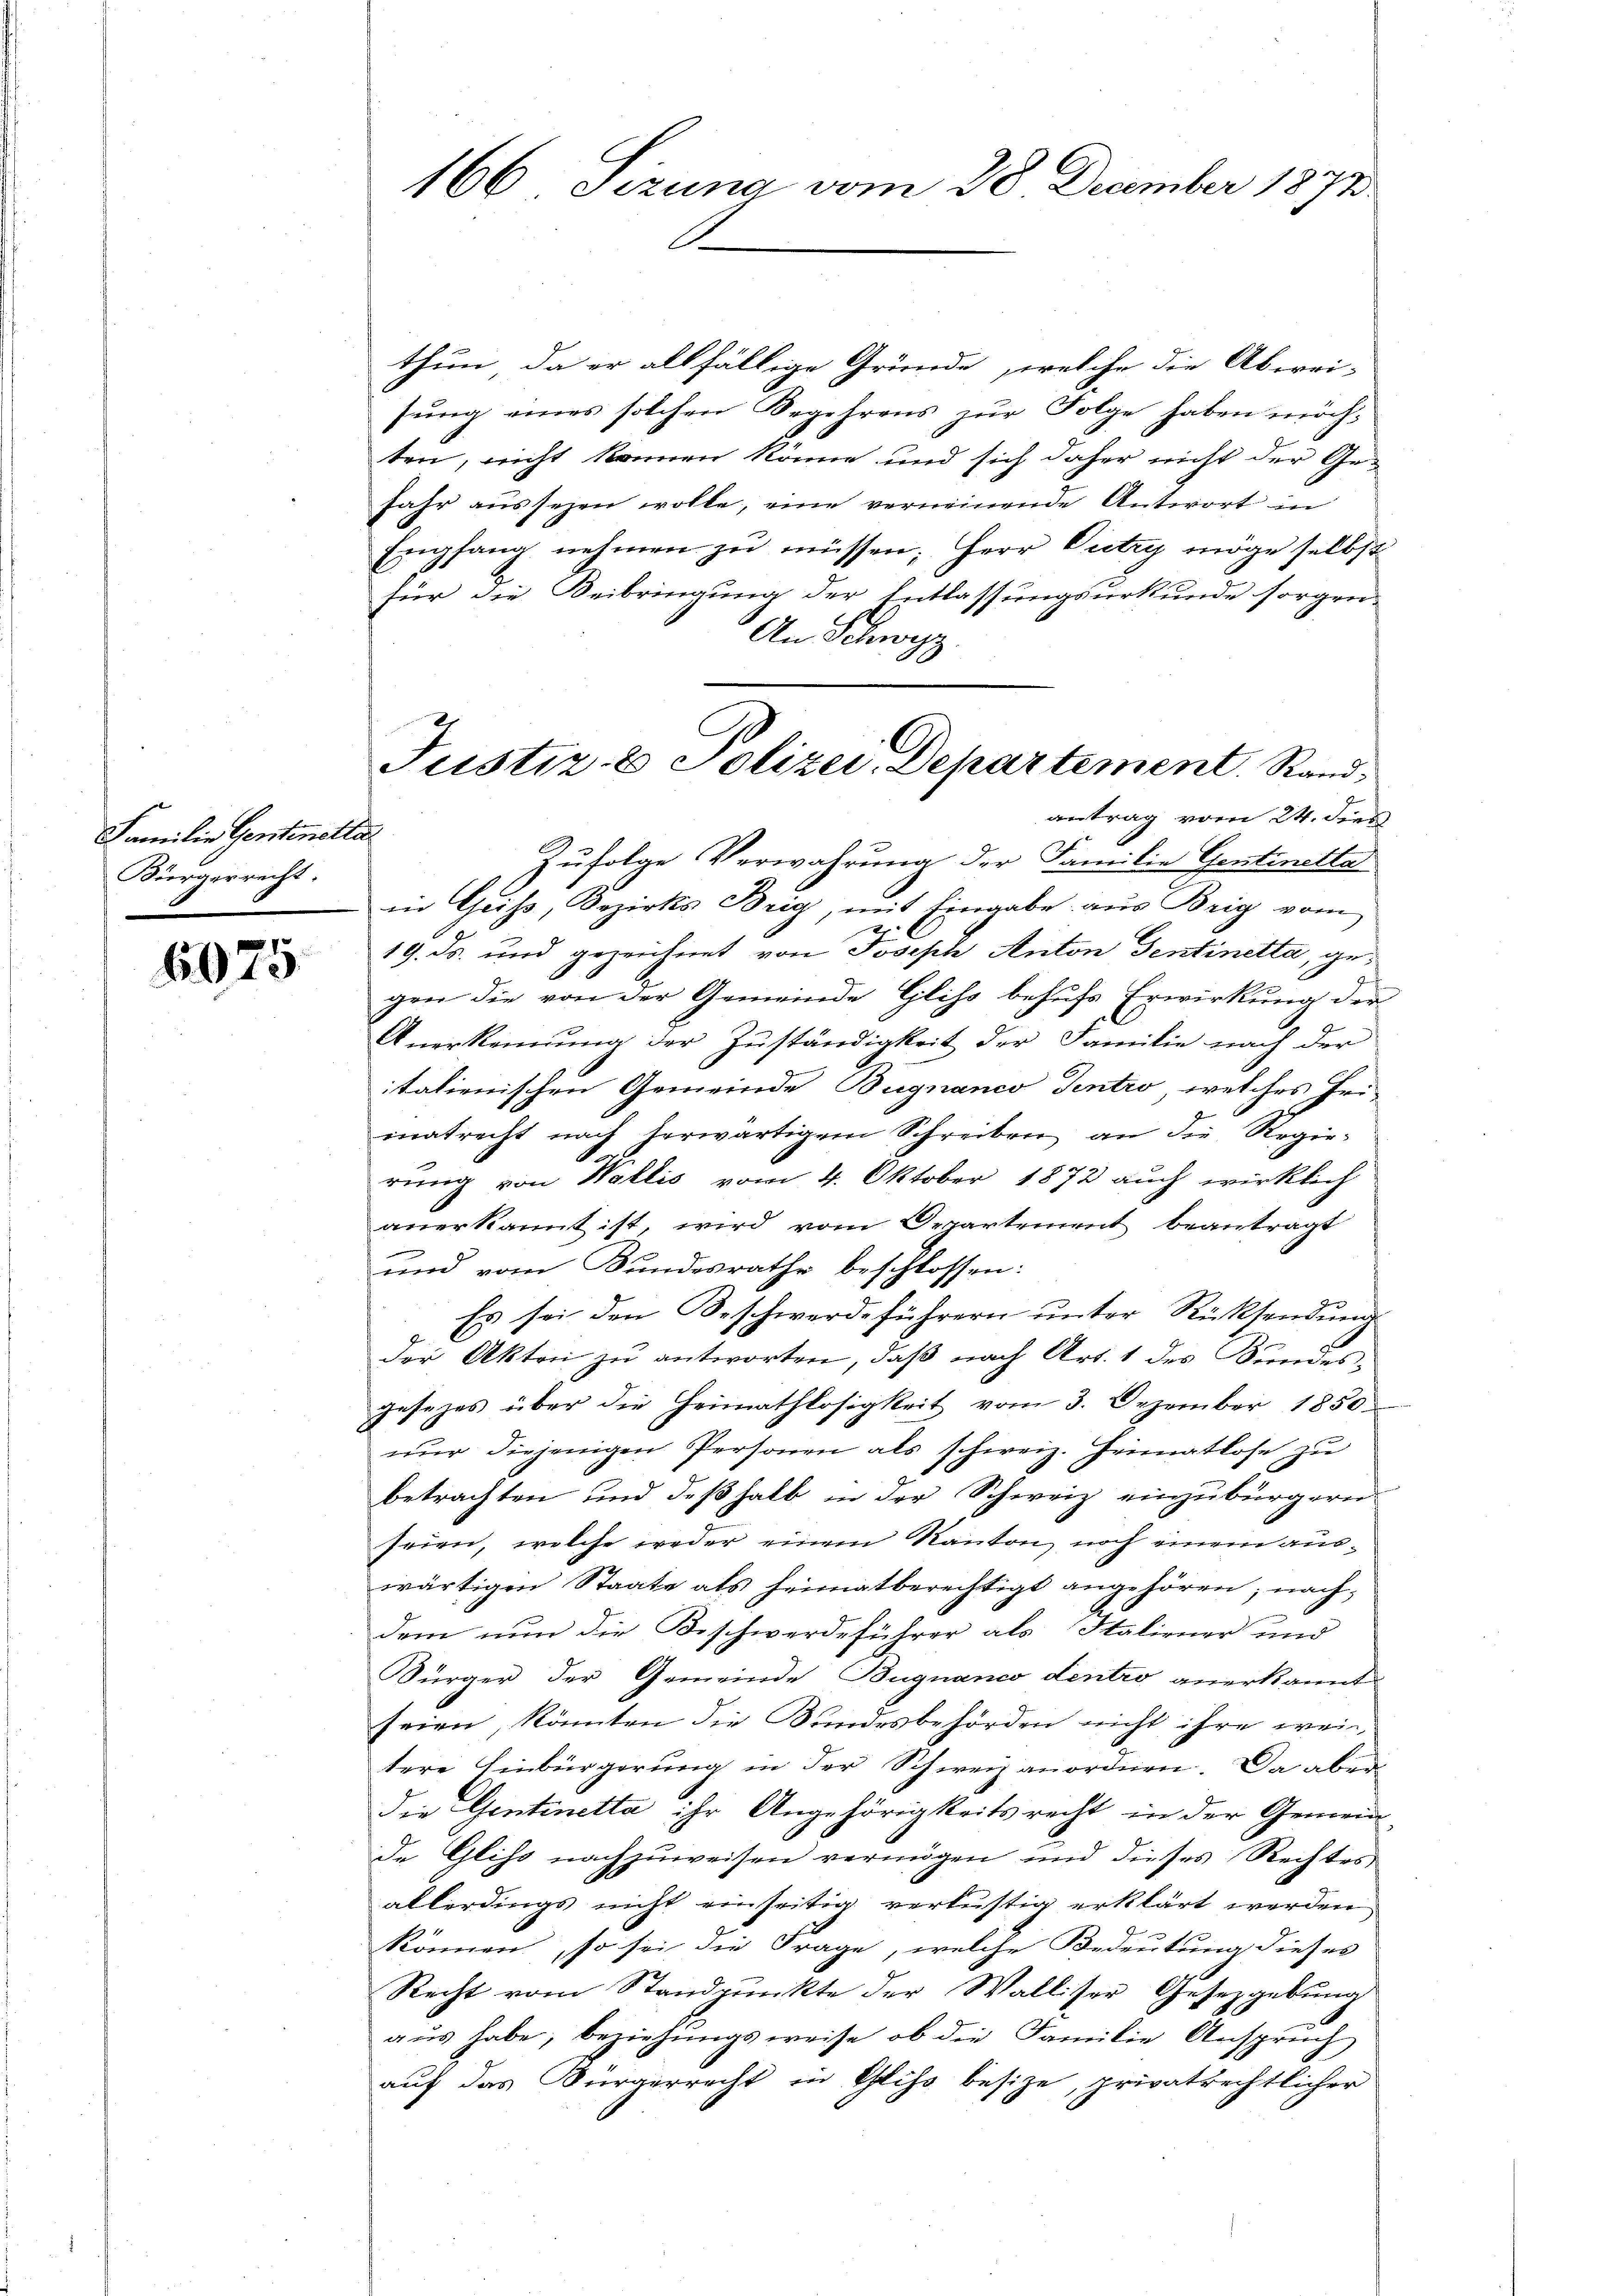
Familie Gentenstr
Bürgerrecht

6075

166 Sizung vom 28. December 1873

thun, da er allfällige Gründe, welche die Aberri-
sung eines solchen Begehrens zur Folge haben möchten, nicht können könne und sich daher nicht der Ge¬
Jahr aussezen wolle, eine verneinende Antwort in
Emfang nehmen zu müssen; Herr Victry möge selbst
für die Beibringung der Entlassungsurkunde sorgen-
An Schwyz,
in Geiss, Bezirks Brig, mit Eingabe aus Brig vom
19. ds. und gezeichnet von Joseph Anton Sentinetta, gegen die von der Gemeinde Gliso behufs Erwirkung der
Anerkennung der Zuständigkeit der Familie nach der
italienischen Gemeinde Bugnanco Tentro, welches Hei-
mnatrecht nach herwärtigem Schreiben an die Regierung von Wallis vom 4. Oktober 1872 auch wirklich
anerkannt ist, wird vom Departement beantragt
und vom Bundesrathe beschlossen:
Es sei den Beschwerdeführern ŭnter Rücksendŭng
der Akten zu antworten, daß nach Art. 1 des Bundes-
gesetzes über die Heimathlosigkeit vom 3. Dezember 1850.
nur diejenigen Personen als schweiz. Heimatlose zu
betrachten und deßhalb in der Schweiz einzubürgern
seien, welche weder einem Kanton, noch einem auswärtigen Staate als heimatberechtigt angehören; nachdem nun die Beschwerdeführer als Staliener und
Bürger der Gemeinde Bugnanco dentro anerkannt
seien, könnten die Bundesbehörden nicht ihre wei
tere Einbürgerung in der Schweiz anordnen. Da aber
die Gentinetta ihr Angehörigkeits recht in der Gemein¬
Ie Gliso nachzuweisen vermögen und dieses Rechtes
allerdings nicht einseitig verlustig erklärt werden
können, so sei die Frage, welche Bedeutung dieses
Recht vom Standpunkte der Walliser Gesetzgebung
aus habe, beziehungsweise, ob die Familie Anspruch
auf das Bürgerrecht in Glits besize, privatrechtlicher

Justiz & Polizei Departement. Rand
antrag vom 24. dies
c
Zufolge Verwahrung der Familie Gentinette